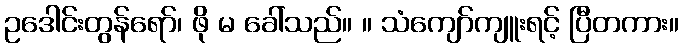
ဥဒေါင်းတွန်ရော်၊ ဖို မ ခေါ်သည်။ ။ သံကျော်ကျူးရင့် ပြီတကား။